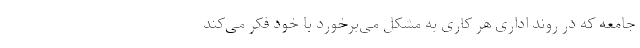
جامعه که در روند اداری هر کاری به مشکل می‌برخورد با خود فکر می‌کند